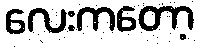
လေးကတော့